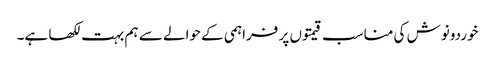
خوردونوش کی مناسب قیمتوں پر فراہمی کے حوالے سے ہم بہت لکھا ہے۔